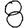
Digit: 8